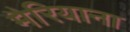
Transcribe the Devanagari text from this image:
मैरियाना